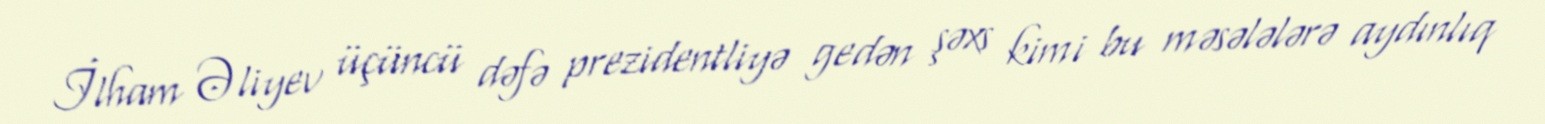
İlham Əliyev üçüncü dəfə prezidentliyə gedən şəxs kimi bu məsələlərə aydınlıq